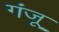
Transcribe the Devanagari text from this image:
गंजू